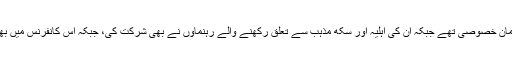
اس کانفرنس میں گورنر پنجاب چودھری محمد سرور مہمان خصوصی تھے جبکہ ان کی اہلیہ اور سکھ مذہب سے تعلق رکھنے والے رہنماوں نے بھی شرکت کی، جبکہ اس کانفرنس میں بھی شیعہ سنی تمام مکاتب فکر کے عمائدین شریک ہوئے۔